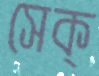
সেক্